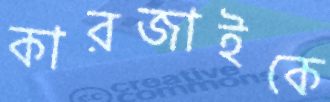
কারজাইকে